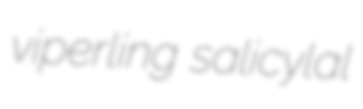
viperling salicylal